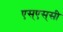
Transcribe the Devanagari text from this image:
एस्‌एस्‌सी